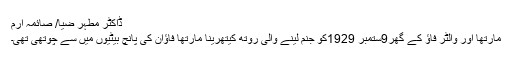
ڈاکٹر مطہر ضیا/ صائمہ ارم
مارتھا اور والٹر فاؤ کے گھر9ستمبر 1929کو جنم لینے والی روتھ کیتھرینا مارتھا فاؤان کی پانچ بیٹیوں میں سے چوتھی تھی۔